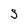
Character: s